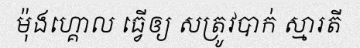
ម៉ុងហ្គោល ធ្វើឲ្យ សត្រូវបាក់ ស្មារតី